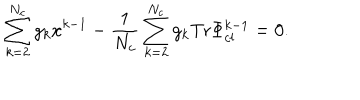
LaTeX: \sum _ { k = 2 } ^ { N _ { c } } g _ { k } x ^ { k - 1 } - \frac { 1 } { N _ { c } } \sum _ { k = 2 } ^ { N _ { c } } g _ { k } \mathrm { T r } \Phi _ { c l } ^ { k - 1 } = 0 .